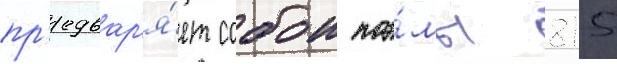
пр'едвар'я́ет собои поэ́мы 815